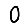
Digit: 0